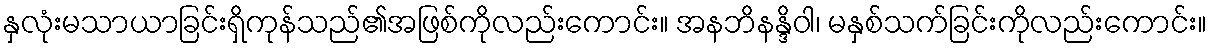
နှလုံးမသာယာခြင်းရှိကုန်သည်၏အဖြစ်ကိုလည်းကောင်း။ အနဘိနန္ဒိဝါ၊ မနှစ်သက်ခြင်းကိုလည်းကောင်း။